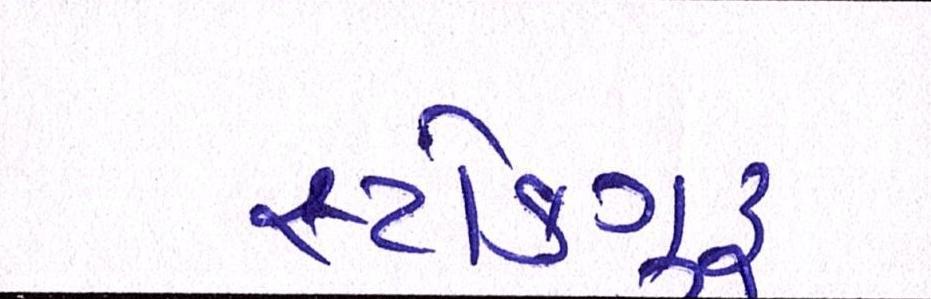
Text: સ્ટોકગુરૃ